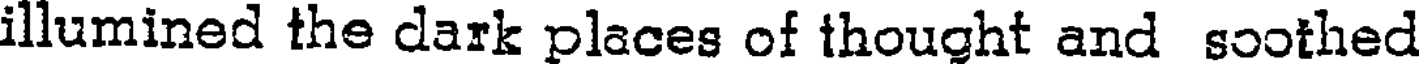
illumined the dark places of thought and soothed